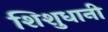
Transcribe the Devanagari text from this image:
शिशुधानी